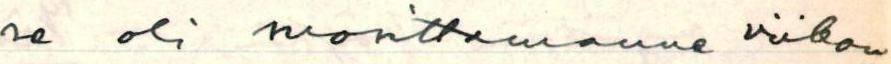
se oli suosittamanne viikon